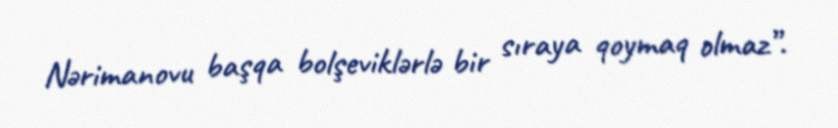
Nərimanovu başqa bolşeviklərlə bir sıraya qoymaq olmaz”.